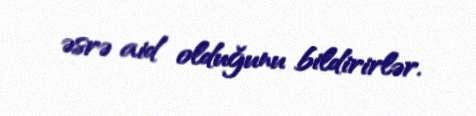
əsrə aid olduğunu bildirirlər.